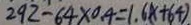
2 9 2 - 6 4 \times 0 . 4 = 1 . 6 ( x + 6 4 ) .